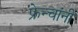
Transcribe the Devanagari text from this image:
फ्रेन्चांनी